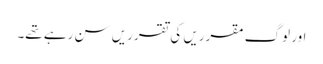
اور لوگ مقرریں کی تقرریں سن رہے تھے۔